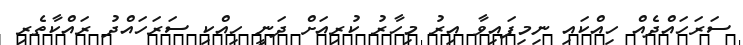
ސަރަހައްދެއް ހިއްކައި ނިމިފައިވާ އިރު މިހާރު ކުރިއަށް ދަނީ ހިއްކި ސަރަހައްދު ރައްކާތެރި